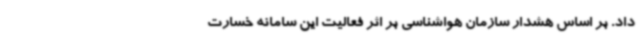
داد. بر اساس هشدار سازمان هواشناسی بر اثر فعالیت این سامانه خسارت